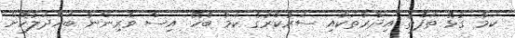
ކަމާ ގުޅޭ ތަފާތު އިދާރާތަކާއި ސަރުކާރުގެ ކަމާ ބެހޭ އިސް ވެރިންނާ ބައްދަލުކޮށް